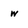
Character: w